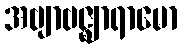
အဗျာဗဇ္ဈာရာမော